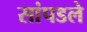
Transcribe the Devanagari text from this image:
सांपडले